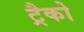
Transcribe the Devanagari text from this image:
ट्रैको